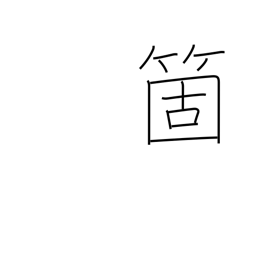
Meaning: counter for articles